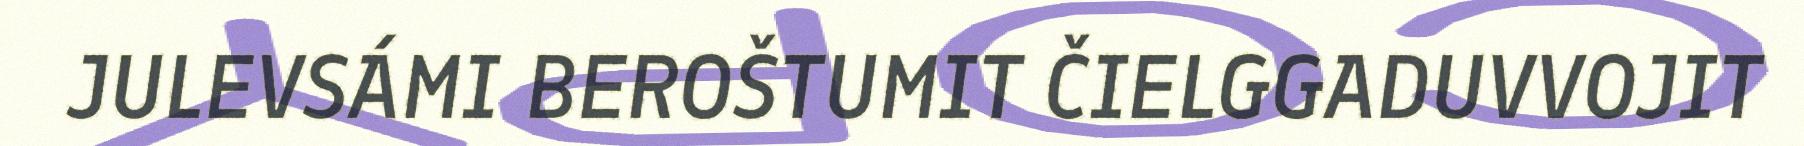
JULEVSÁMI BEROŠTUMIT ČIELGGADUVVOJIT